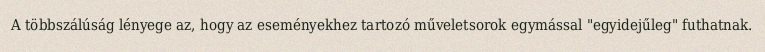
A többszálúság lényege az, hogy az eseményekhez tartozó műveletsorok egymással "egyidejűleg" futhatnak.